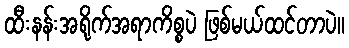
ထီးနန်းအရိုက်အရာကိစ္စပဲ ဖြစ်မယ်ထင်တာပဲ။